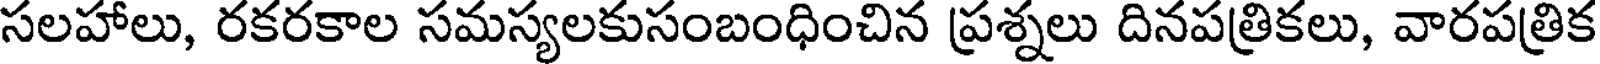
సలహాలు, రకరకాల సమస్యలకుసంబంధించిన ప్రశ్నలు దినపత్రికలు, వారపత్రిక